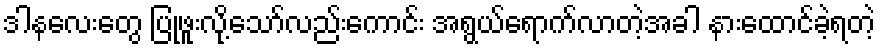
ဒါနလေးတွေ ပြုဖူးလို့သော်လည်းကောင်း အရွယ်ရောက်လာတဲ့အခါ နားထောင်ခဲ့ရတဲ့